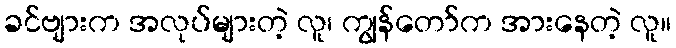
ခင်ဗျားက အလုပ်များတဲ့ လူ၊ ကျွန်တော်က အားနေတဲ့ လူ။